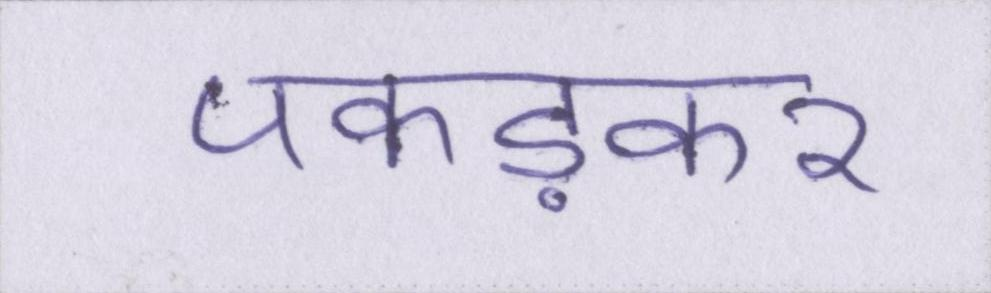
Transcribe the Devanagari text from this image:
पकड़कर